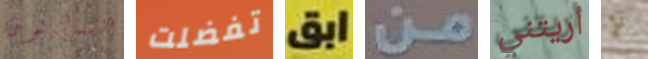
الشماليون تفضلت ابق من أريتني لا